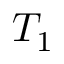
T _ { 1 }